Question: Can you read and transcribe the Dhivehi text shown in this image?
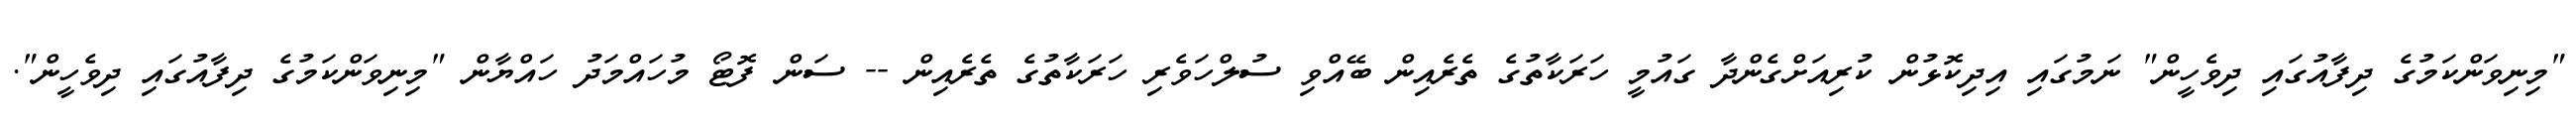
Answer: "މިނިވަންކަމުގެ ދިފާއުގައި ދިވެހީން" ނަމުގައި އިދިކޮޅުން ކުރިއަށްގެންދާ ގައުމީ ހަރަކާތުގެ ތެރެއިން ބޭއްވި ސުލްހަވެރި ހަރަކާތުގެ ތެރެއިން -- ސަން ފޮޓޯ މުހައްމަދު ހައްޔާން "މިނިވަންކަމުގެ ދިފާއުގައި ދިވެހީން".